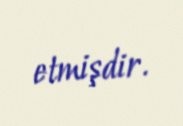
etmişdir.